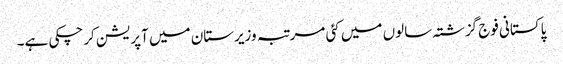
پاکستانی فوج گزشتہ سالوں میں کئی مرتبہ وزیرستان میں آپریشن کرچکی ہے۔